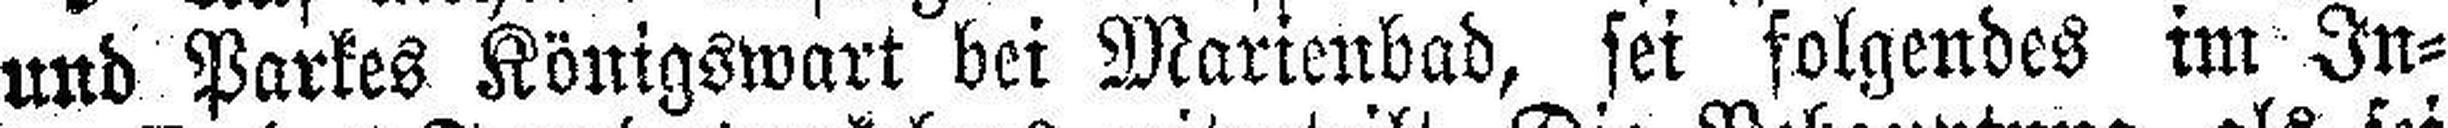
und Parkes Königswart bei Marienbad, sei folgendes im In¬